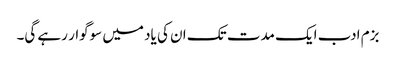
بزم ادب ایک مدت تک ان کی یاد میں سوگوار رہے گی۔